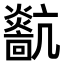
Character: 𤒀